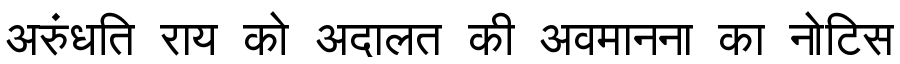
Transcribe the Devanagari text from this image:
अरुंधति राय को अदालत की अवमानना का नोटिस